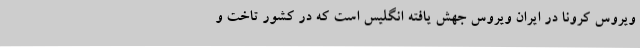
ویروس کرونا در ایران ویروس جهش یافته انگلیس است که در کشور تاخت و